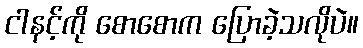
ငါနင့်ကို စောစောက ပြောခဲ့သလိုပဲ။